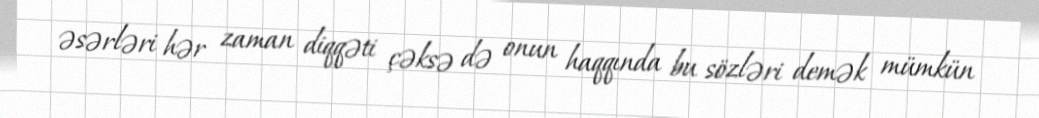
əsərləri hər zaman diqqəti çəksə də onun haqqında bu sözləri demək mümkün